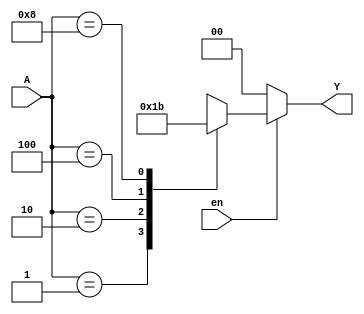
module enc_4to2(A, en, Y);
input [3:0] A;
input en;
output reg [1:0] Y;

always @(A or en) begin
	if(en == 1) begin
		casex(A)
			4'b0001 : Y = 0;
			4'b0010 : Y = 1;
			4'b0100 : Y = 2;
			4'b1000 : Y = 3;
			default : Y = 2'bx;
		endcase
	end
	else begin
		Y = 0;
	end
end
endmodule